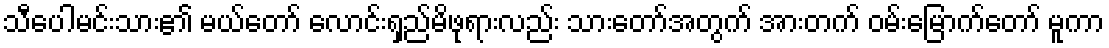
သီပေါမင်းသား၏ မယ်တော် လောင်းရှည်မိဖုရားလည်း သားတော်အတွက် အားတက် ဝမ်းမြောက်တော် မူကာ